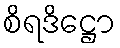
စိရဒိဋ္ဌော